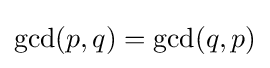
\gcd(p,q)=\gcd(q,p)